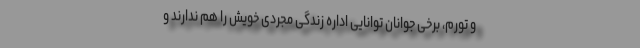
و تورم، برخی جوانان توانایی اداره زندگی مجردی خویش را هم ندارند و